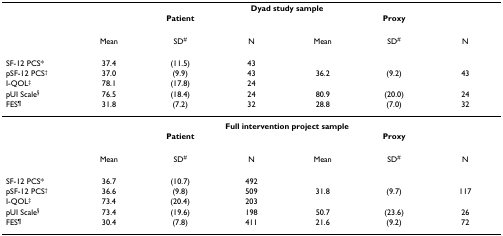
<table><thead><tr><td></td><td colspan="6"><b>Dyad study sample</b></td></tr><tr><td></td><td colspan="3"><b>Patient</b></td><td colspan="3"><b>Proxy</b></td></tr><tr><td></td><td><b>Mean</b></td><td><b>SD<sup>#</sup></b></td><td><b>N</b></td><td><b>Mean</b></td><td><b>SD<sup>#</sup></b></td><td><b>N</b></td></tr></thead><tbody><tr><td>SF-12 PCS*</td><td>37.4</td><td>(11.5)</td><td>43</td><td></td><td></td><td></td></tr><tr><td>pSF-12 PCS<sup>†</sup></td><td>37.0</td><td>(9.9)</td><td>43</td><td>36.2</td><td>(9.2)</td><td>43</td></tr><tr><td>I-QOL<sup>‡</sup></td><td>78.1</td><td>(17.8)</td><td>24</td><td></td><td></td><td></td></tr><tr><td>pUI Scale<sup>§</sup></td><td>76.5</td><td>(18.4)</td><td>24</td><td>80.9</td><td>(20.0)</td><td>24</td></tr><tr><td>FES<sup>¶</sup></td><td>31.8</td><td>(7.2)</td><td>32</td><td>28.8</td><td>(7.0)</td><td>32</td></tr><tr><td></td><td colspan="6"><b>Full intervention project sample</b></td></tr><tr><td></td><td colspan="3"><b>Patient</b></td><td colspan="3"><b>Proxy</b></td></tr><tr><td></td><td>Mean</td><td>SD<sup>#</sup></td><td>N</td><td>Mean</td><td>SD<sup>#</sup></td><td>N</td></tr><tr><td>SF-12 PCS*</td><td>36.7</td><td>(10.7)</td><td>492</td><td></td><td></td><td></td></tr><tr><td>pSF-12 PCS<sup>†</sup></td><td>36.6</td><td>(9.8)</td><td>509</td><td>31.8</td><td>(9.7)</td><td>117</td></tr><tr><td>I-QOL<sup>‡</sup></td><td>73.4</td><td>(20.4)</td><td>203</td><td></td><td></td><td></td></tr><tr><td>pUI Scale<sup>§</sup></td><td>73.4</td><td>(19.6)</td><td>198</td><td>50.7</td><td>(23.6)</td><td>26</td></tr><tr><td>FES<sup>¶</sup></td><td>30.4</td><td>(7.8)</td><td>411</td><td>21.6</td><td>(9.2)</td><td>72</td></tr></tbody></table>